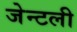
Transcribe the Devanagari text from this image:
जेन्टली